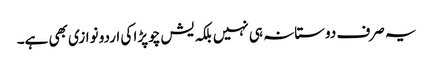
یہ صرف دوستانہ ہی نہیں بلکہ یش چوپڑا کی اردو نوازی بھی ہے۔